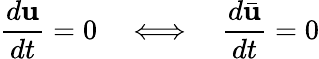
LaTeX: \frac{d\mathbf{u}}{dt}=0\quad\Longleftrightarrow\quad\frac{d\bar{\mathbf{u}}}{dt}=0